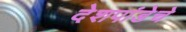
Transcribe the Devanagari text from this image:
देशपांडेचे